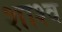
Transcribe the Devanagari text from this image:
शाश्व